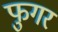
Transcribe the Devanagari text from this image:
फुगर